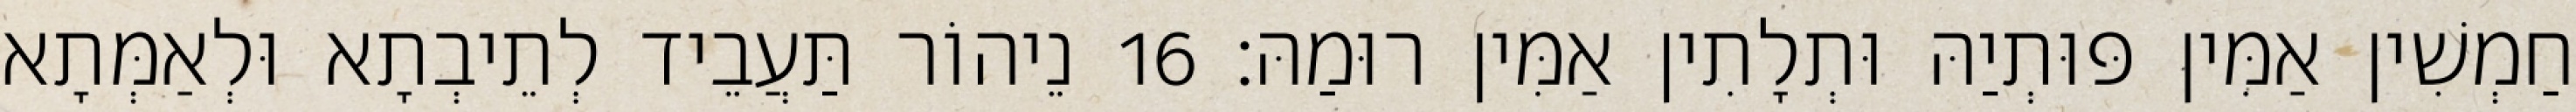
חַמְשִׁין אַמִּין פּוּתְיַהּ וּתְלָתִין אַמִּין רוּמַהּ׃ 16 נֵיהוֹר תַּעֲבֵיד לְתֵיבְתָא וּלְאַמְּתָא